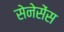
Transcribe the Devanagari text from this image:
सेनेसेंस